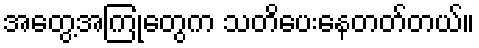
အတွေ့အကြုံတွေက သတိပေးနေတတ်တယ်။